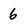
Character: 6